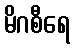
မိဂစီရေ